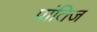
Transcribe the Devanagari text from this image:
प्रांतिज